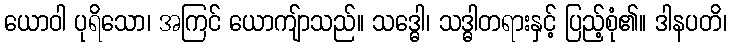
ယောဝါ ပုရိသော၊ အကြင် ယောကျ်ာသည်။ သဒ္ဓေါ၊ သဒ္ဓါတရားနှင့် ပြည့်စုံ၏။ ဒါနပတိ၊